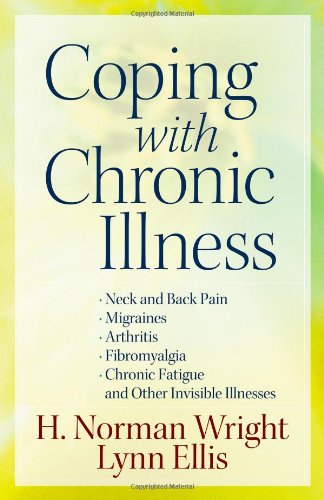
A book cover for Coping with Chronic Illness: *Neck and Back Pain *Migraines *Arthritis *Fibromyalgia*Chronic Fatigue *And Other Invisible Illnesses; H. Norman Wright; Health, Fitness & Dieting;